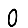
Digit: 0